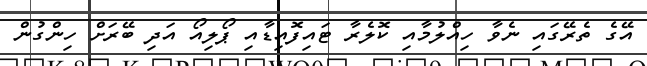
އޭގެ ތެރޭގައި ނެވާ ހިއްލުމާއި ކޮލެރާ ޓައިފޮއިޑާއި ޕޯލިއޯ އަދި ބޭރަށް ހިންގުން